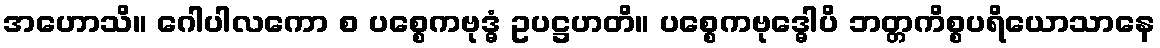
အဟောသိ။ ဂေါပါလကော စ ပစ္စေကဗုဒ္ဓံ ဥပဋ္ဌဟတိ။ ပစ္စေကဗုဒ္ဓေါပိ ဘတ္တကိစ္စပရိယောသာနေ